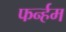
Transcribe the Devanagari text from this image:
फर्न्हम